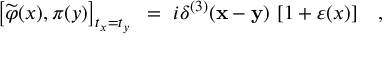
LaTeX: \left[ \widetilde \varphi ( x ) , \pi ( y ) \right] _ { t _ { x } = t _ { y } } ~ = ~ i \delta ^ { ( 3 ) } ( { \bf x - y } ) ~ [ 1 + \varepsilon ( x ) ] \quad , { \phantom { + \eta ( y ) + \varepsilon ( x ) ~ \eta ( y ) } }